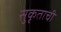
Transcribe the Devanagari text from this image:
सुकृताची